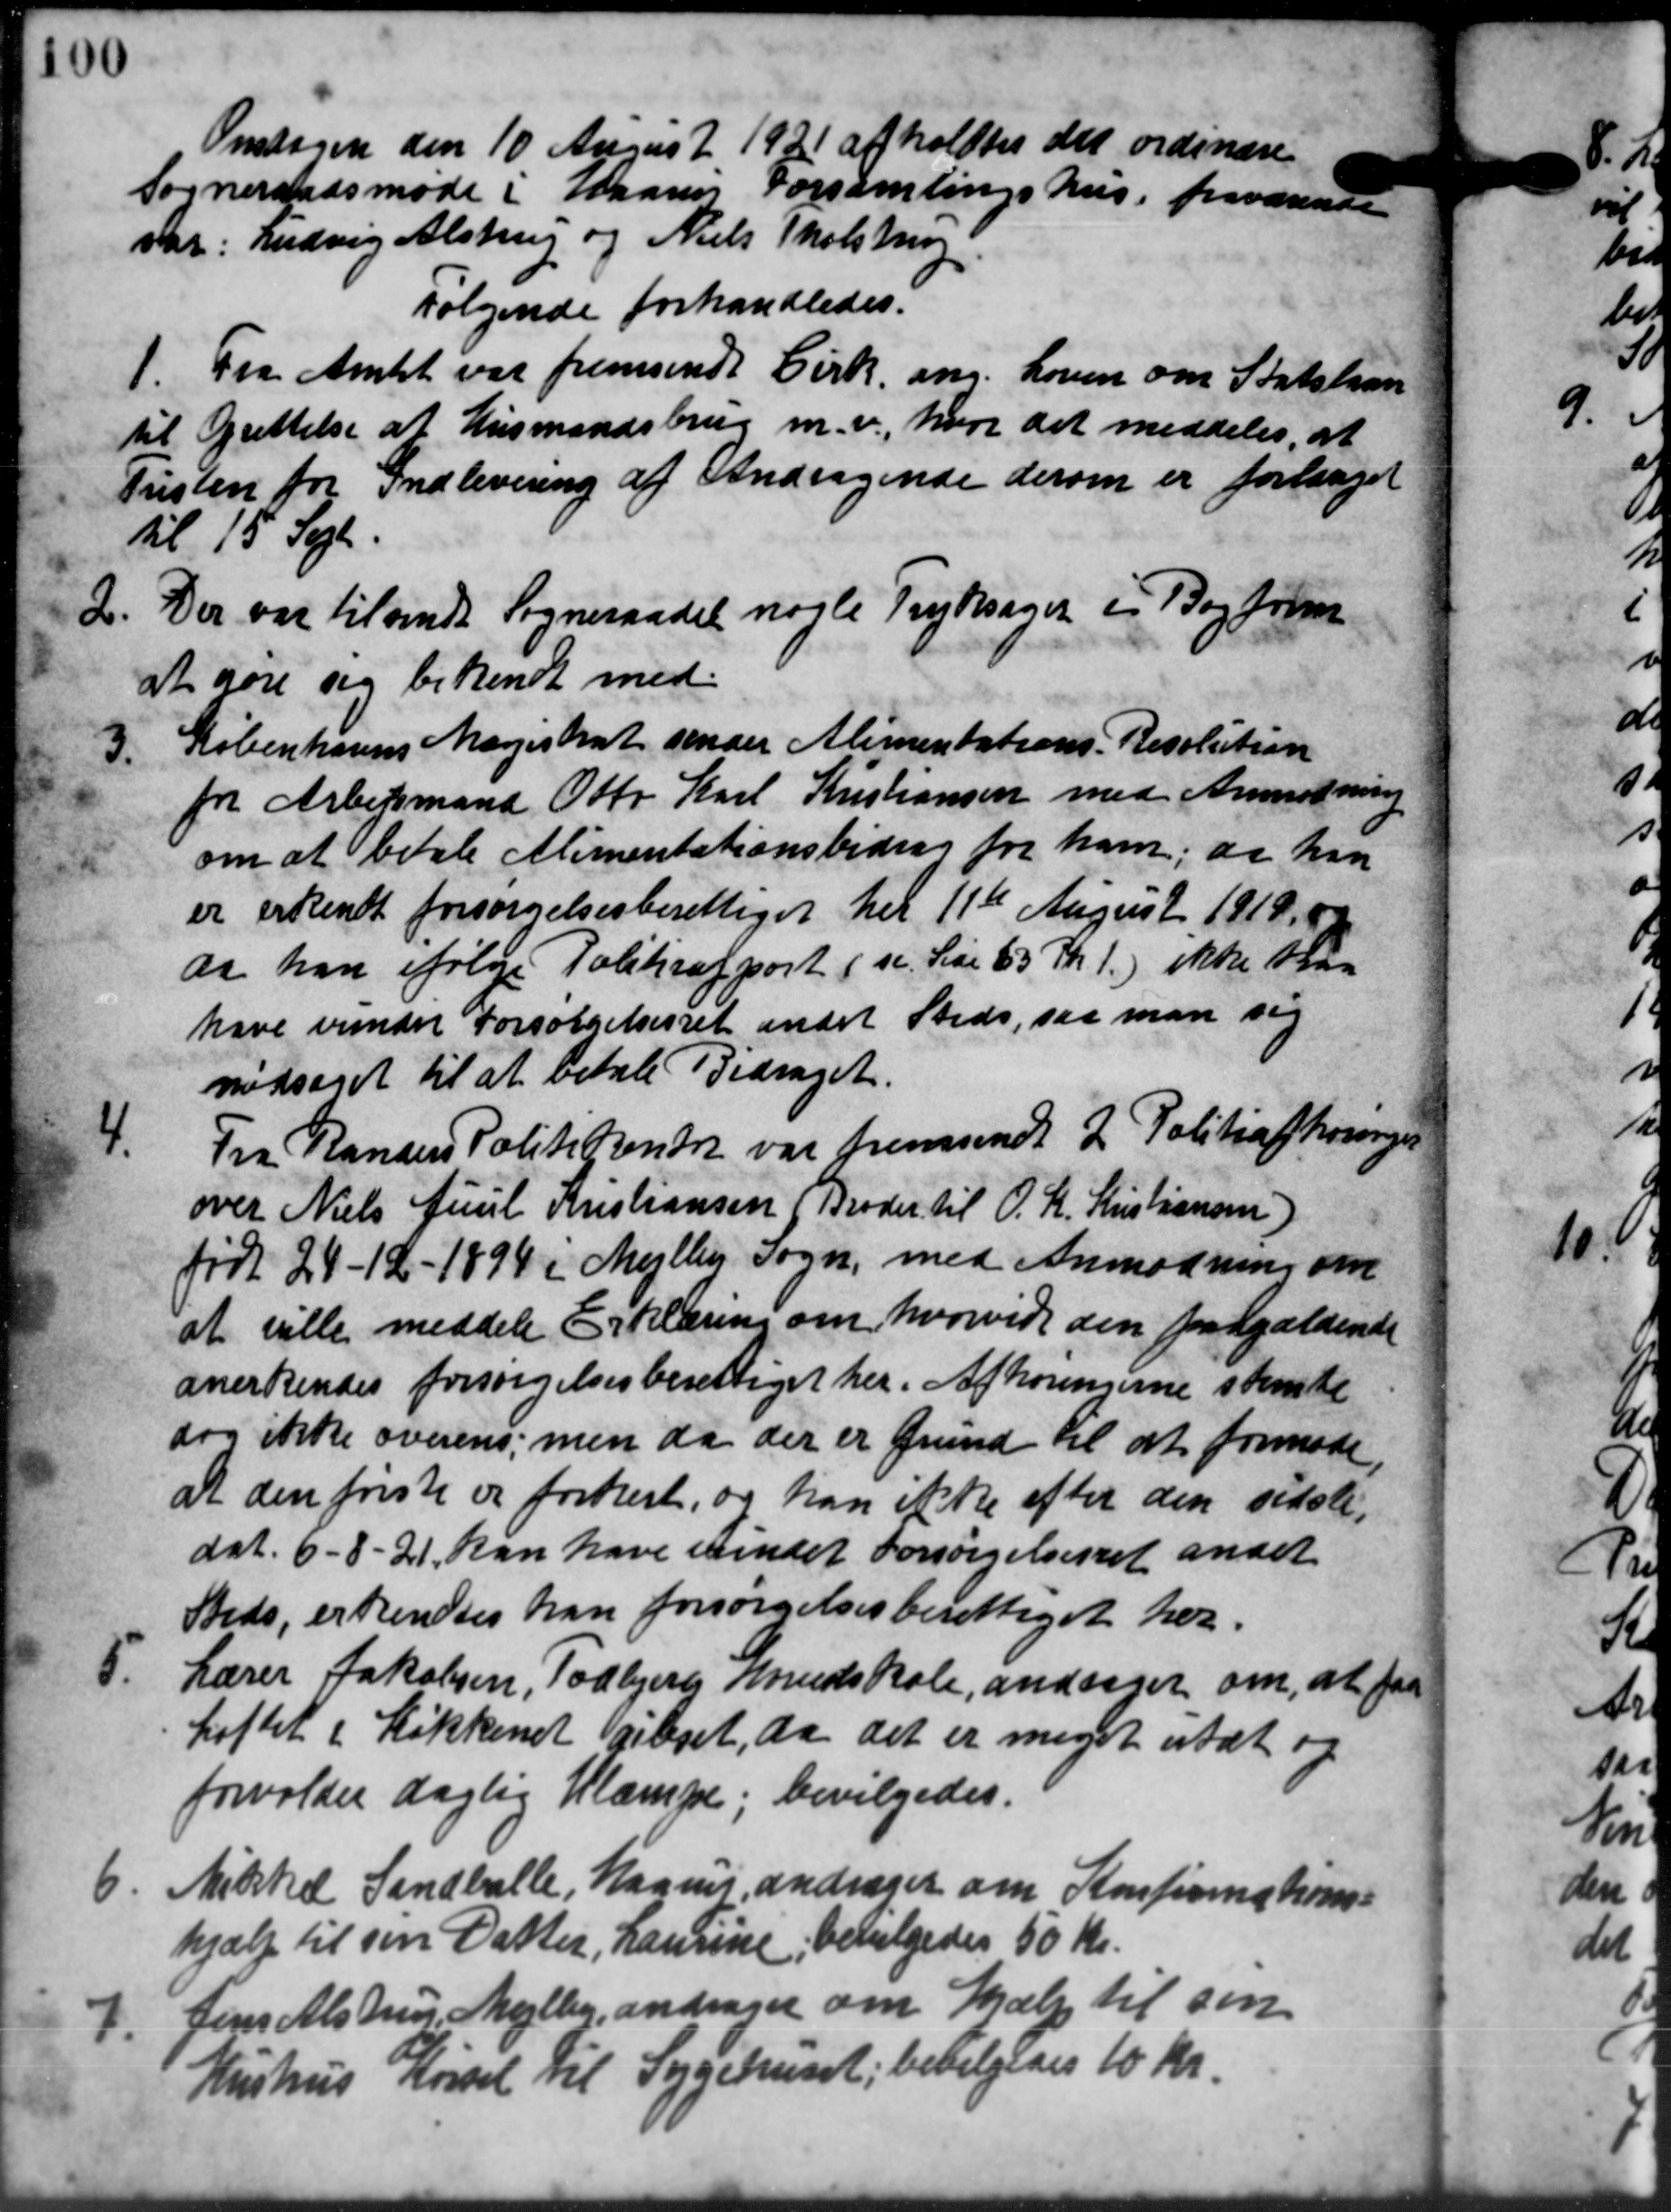
Transskription:
Onsdagen den 10 Aarus 2 1921 afholdtes det ordinære
Sogneraadsmøde i Maanes Forsamlingshus, fraværende
var: Ludvig Alstrup og Niels Tholstrup
Følgende forhandledes.
1. Fra Amtet var fremsendt Cirk. ang. Loven om Statstian
1. Fra Amtet var fremsendt Cirk. ang. Loven om Statstian
til Oprettelse af Husmandsbrug m.v., hvor det meddeles, at
Tristen for Indlevering af Andragende derom er forlaaget
til 15 Sept.
2. Der var tilsendt Sogneraadet nogle Tryksager i Bog frem
2. Der var tilsendt Sogneraadet nogle Tryksager i Bog frem
at gøre sig bekendt med
3.
Københavns Magistrat sender Alimentations- Resolution
for Arbedsmand Otto Karl Kristiansen med Anmodning
om at betale Alimentationsbidrag for ham; da han
er erkendt forsørgelsesberettiget til 11te August 1919 09
da han ifølge Politirapport i se. Side 63 Kr. 1.) ikke kan
have vunder Forsørgelsesret andet Steds, saa man sig
nedsaget til at betale Bidraget.
4.
Fra Randers Politikontor var fremsendt 2 Politiafhøring
over Niels Juul Kristiansen (Broder til O. K. Kristiansen)
født 24 - 12 - 1894 i Mejlby Sogn, med Anmodning om
at ville meddele Erklæring om, hvorvidt den fra gældende
anerkendes forsørgelsesberettiget her. Afhørinerne stemte
dog ikke overens, men da der er Grund til at formøde
at den første er fortest, og han ikke efter den sidste,
dat. 6-8-21. kan have mindet Forsørgelsesret andet
Steds, erkendtes han forsørgelsesberettiget her.

Lærer Jakobsen, Todbjerg Hovedskole, andrager om, at faa
toftet i Køkkenet givet, da det er meget stat og
forvolder daglig Klampe, bevilgedes.
6
Mikkel Sandballe, Magnus andrager om Konfirmations-
hjælp til sin Datter, Laurine, bevilgedes 50 Kr.
7.
Jens Alstrup Mejlby, andrager om Hjælp til sin
Hurhus Kørsel til Sygehuset, bevilgedes 10 kr.